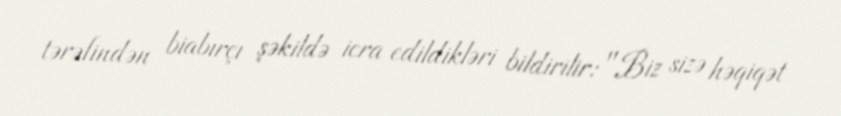
tərəfindən biabırçı şəkildə icra edildikləri bildirilir: "Biz sizə həqiqət